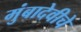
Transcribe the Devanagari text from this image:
मुंबादेवीचे